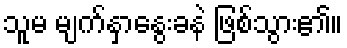
သူမ မျက်နှာနွေးခနဲ ဖြစ်သွား၏။